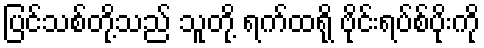
ပြင်သစ်တို့သည် သူတို့ ရက်ထရို ဗိုင်းရပ်စ်ပိုးကို